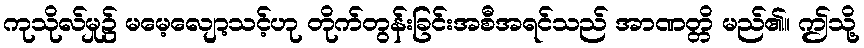
ကုသိုလ်မှု၌ မမေ့လျော့သင့်ဟု တိုက်တွန်းခြင်းအစီအရင်သည် အာဏတ္တိ မည်၏။ ဤသို့